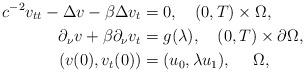
LaTeX: \begin{align*}c^{-2}v_{tt} -\Delta v- \beta \Delta v_t &= 0,\quad(0,T)\times\Omega,\\ \partial_\nu v+ \beta \partial_\nu v_t&= g(\lambda),\quad(0,T)\times\partial\Omega,\\ (v(0),v_t(0)) &= (u_0,\lambda u_1) ,\quad\ \Omega, \end{align*}